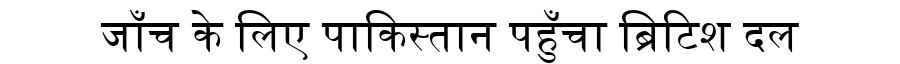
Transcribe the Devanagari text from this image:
जाँच के लिए पाकिस्तान पहुँचा ब्रिटिश दल